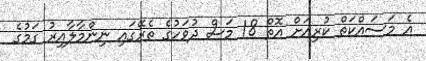
އެ މަަސައްކަތް ކުރިއަށް އޮތް 18 މަސް ދުވަހުގެ ތެރޭގައި ނިންމާލާއިރު ގަމުގެ